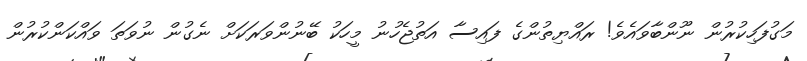
މަގުފަހިކުރުން ނޫންބާވައެވެ! ރައްޔިތުންގެ ފައިސާ އަތުޖެހުނު މީހަކު ބޭނުންވަރަކަށް ނެގުން ނުވަތަ ވައްކަންކުރުން